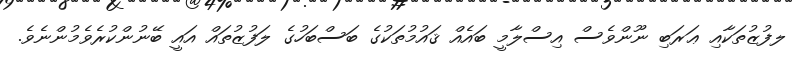
ލފުޒުތަކާއި ޢަރަބި ނޫންވެސް އިސްލާމީ ބައެއް ޤައުމުތަކުގެ ބަސްބަހުގެ ލަފުޒުތައް އައީ ބޭނުންކުރެވެމުންނެވެ.